Code of medical and sanitary regulations for the guidance of medical officers serving in the Madras Presidency - Volume II
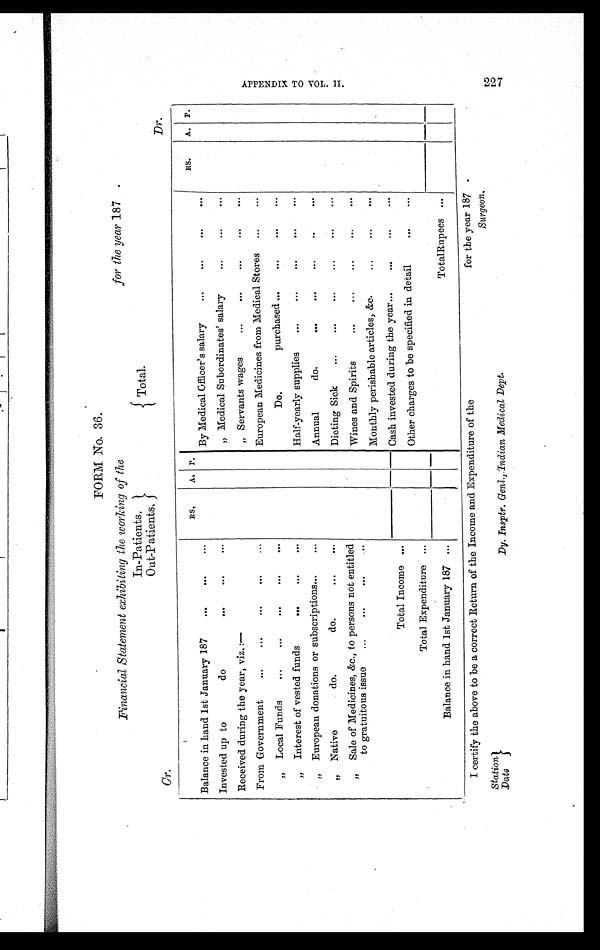
FORM No. 36.
Financial Statement exhibiting the working of the for the year 187 .
In-Patients.
Out-Patients.
Cr.
Total.
Dr.
Balance in hand 1st January 187
. . .
. . .
...
R S .
A. P.
By Medical Officer's salary
. . .
. . .
...
. . .
RS. A. P.
Invested up to do
. . .
. . .
...
„ Medical Subordinates' salary
...
...
...
Received during the year, viz.:—
„ Servants wages
...
. . .
...
...
...
From Government
. . .
...
. . .
...
...
European Medicines from Medical Stores
...
...
„ Local Funds
...
...
...
... ...
Do. purchased ...
...
...
...
„ Interest of vested funds
. . .
. . .
...
Half-yearly supplies
...
. . . ...
...
...
„ European donations or subscriptions...
...
Annual do.
...
. . . ...
. . .
. . .
„ Native do. do.
. . .
...
Dieting Sick
...
...
. . . ...
. . .
...
„ Sale of Medicines, &c., to persons not entitled
Wines and Spirits
...
. . . ...
. . .
. . .
to gratuitous issue
...
. . .
. . .
...
Total Income ...
Monthly perishable articles, &c.
. . .
...
. . .
Cash invested during the year
. . . ...
. . .
. . .
Other charges to be specified in detail
...
...
Total Expenditure ...
Balance in hand 1st January 187 ...
Total Rupees ...
A P P E N D I X T O V O L . I I .
227
I certify the above to be a correct Return of the Income and Expenditure of the
Dy. Insptr. Genl., Indian Medical Dept.
Station
D a t e
for the year 187 .
Surgeon.